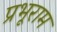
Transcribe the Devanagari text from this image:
प्रभूराम